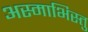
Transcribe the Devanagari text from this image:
अस्माभिस्तु